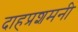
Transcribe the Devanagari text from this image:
दाहप्रशमनी